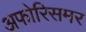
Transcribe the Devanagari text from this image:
अफोरिसमर